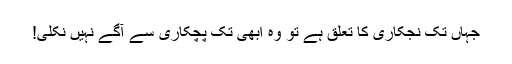
جہاں تک نجکاری کا تعلق ہے تو وہ ابھی تک پچکاری سے آگے نہیں نکلی!